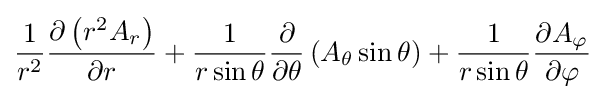
{1 \over r^{2}}{\partial \left(r^{2}A_{r}\right) \over \partial r}+{1 \over r\sin \theta }{\partial  \over \partial \theta }\left(A_{\theta }\sin \theta \right)+{1 \over r\sin \theta }{\partial A_{\varphi } \over \partial \varphi }